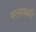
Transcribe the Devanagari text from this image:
परनायकरि